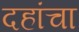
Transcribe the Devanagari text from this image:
दहांचा